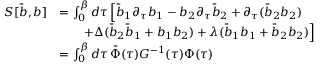
\begin{array} { r l } { S [ \bar { b } , b ] } & { = \int _ { 0 } ^ { \beta } d \tau \, \Big [ \bar { b } _ { 1 } \partial _ { \tau } b _ { 1 } - b _ { 2 } \partial _ { \tau } \bar { b } _ { 2 } + { \partial _ { \tau } ( \bar { b } _ { 2 } b _ { 2 } ) } } \\ & { \qquad + \Delta ( \bar { b } _ { 2 } \bar { b } _ { 1 } + b _ { 1 } b _ { 2 } ) + \lambda ( \bar { b } _ { 1 } b _ { 1 } + \bar { b } _ { 2 } b _ { 2 } ) \Big ] } \\ & { = \int _ { 0 } ^ { \beta } d \tau \, \bar { \Phi } ( \tau ) G ^ { - 1 } ( \tau ) \Phi ( \tau ) } \end{array}